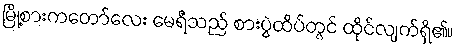
မြို့စားကတော်လေး မေရီသည် စားပွဲထိပ်တွင် ထိုင်လျက်ရှိ၏။